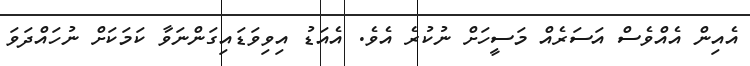
އެއިން އެއްވެސް އަސަރެއް މަސީހަށް ނުކުރެ އެވެ. އެއަޑު އިވިވަޑައިގަންނަވާ ކަމަކަށް ނުހައްދަވަ